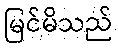
မြင်မိသည်